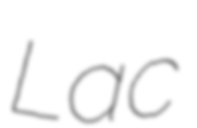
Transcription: Lac